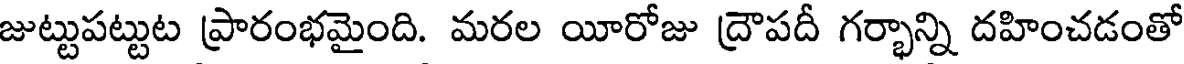
జుట్టుపట్టుట ప్రారంభమైంది. మరల యీరోజు ద్రౌపదీ గర్భాన్ని దహించడంతో